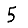
Digit: 5